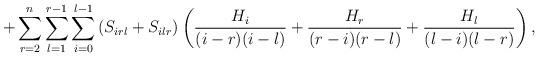
LaTeX: \begin{align*}+\sum_{r=2}^{n}\sum_{l=1}^{r-1}\sum_{i=0}^{l-1}\left(S_{irl}+ S_{ilr}\right)\left(\frac{H_{i}}{(i-r)(i-l)}+\frac{H_{r}}{(r-i)(r-l)} + \frac{H_{l}}{(l-i)(l-r)}\right),\end{align*}